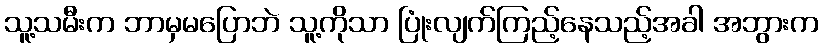
သူ့သမီးက ဘာမှမပြောဘဲ သူ့ကိုသာ ပြုံးလျက်ကြည့်နေသည့်အခါ အဘွားက